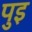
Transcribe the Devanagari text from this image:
पुइ